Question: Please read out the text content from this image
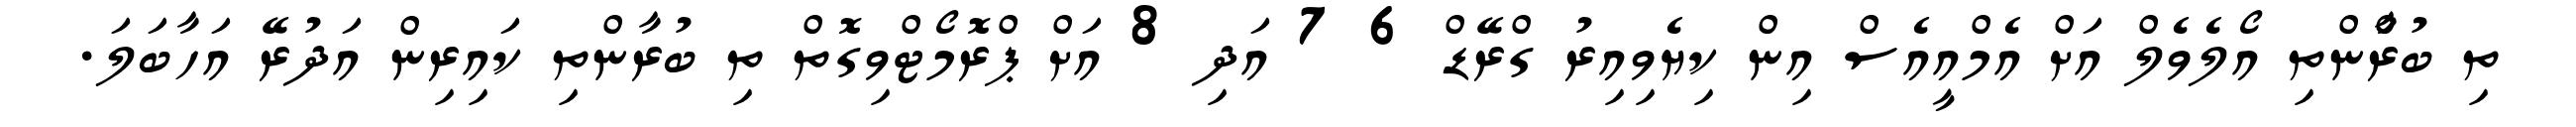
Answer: ތި ބުރާްންތި އޯލެވެލް އަށް އެމްއީއެސް އިން ކިޔެވިއިރު ގްރޭޑް 6 7 އަދި 8 އަށް ޕްރޮމޯޓްވިގޮތް ތި ބުރާންތި ކައިރިން އަދުރޭ އަހާބަލަ.